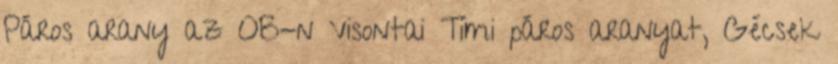
Páros arany az OB-n Visontai Timi páros aranyat, Gécsek